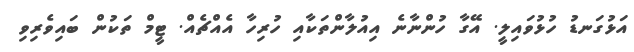
އަޅުގަނޑު ހުޅުވައިލީ. އޭގާ ހުންނާނެ އިއުލާންތަކާއި ހުރިހާ އެއްޗެއް. ޓީމް ތަކުން ބައިވެރިވި